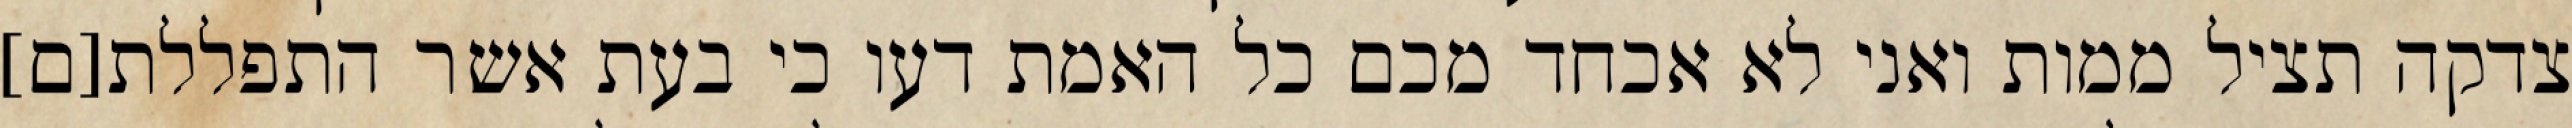
צדקה תציל ממות ואני לא אכחד מכם כל האמת דעו כי בעת אשר התפללת[ם]